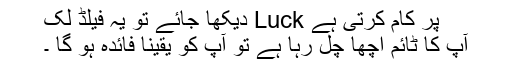
پر کام کرتی ہے Luck دیکھا جائے تو یہ فیلڈ لک
آپ کا ٹائم اچھا چل رہا ہے تو آپ کو یقیناََ فائدہ ہو گا ۔